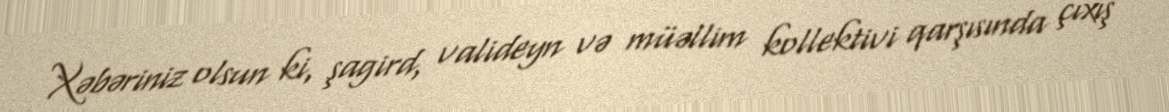
Xəbəriniz olsun ki, şagird, valideyn və müəllim kollektivi qarşısında çıxış